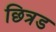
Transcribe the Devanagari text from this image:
छित्रड